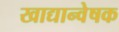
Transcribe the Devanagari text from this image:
खाद्यान्वेषक